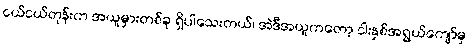
ငယ်ငယ်တုန်းက အယူမှားတစ်ခု ရှိပါသေးတယ်၊ အဲဒီအယူကတော့ ငါးနှစ်အရွယ်ကျော်မှ